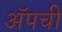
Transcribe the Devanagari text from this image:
ॲपची